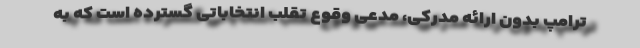
ترامپ بدون ارائه مدرکی، مدعی وقوع تقلب انتخاباتی گسترده است که به